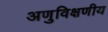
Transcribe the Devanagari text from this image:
अणुविक्षणीय